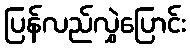
ပြန်လည်လွှဲပြောင်း